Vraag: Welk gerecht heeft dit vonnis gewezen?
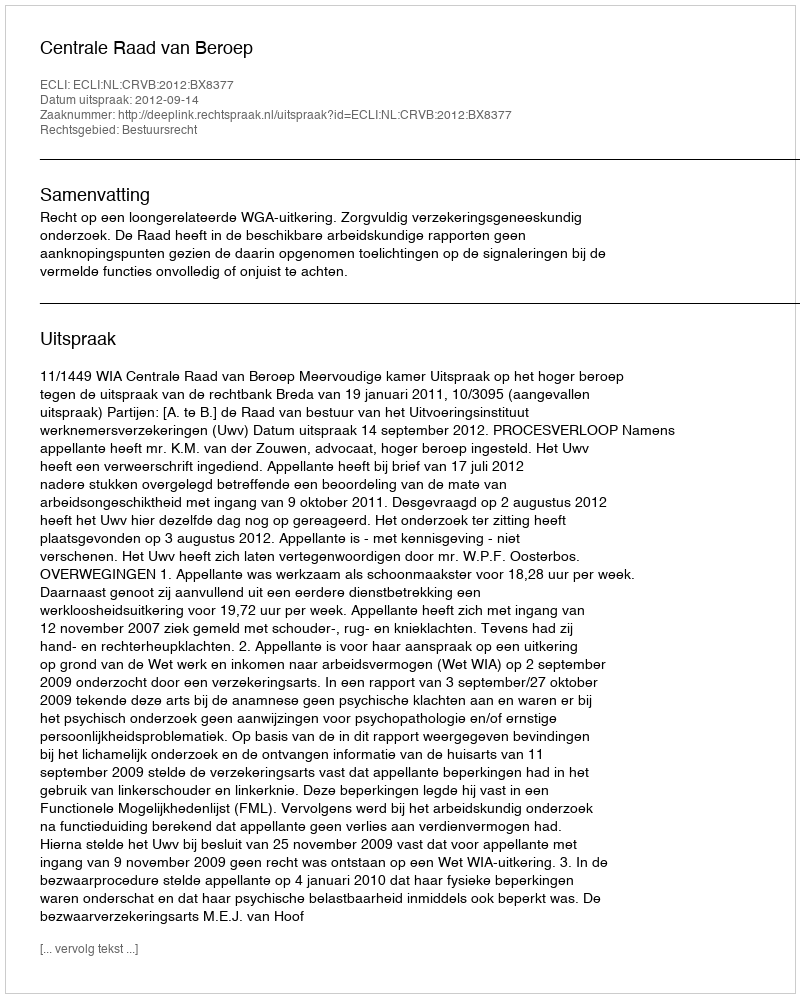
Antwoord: Centrale Raad van Beroep